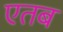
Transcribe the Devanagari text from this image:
एतब